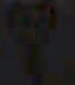
*